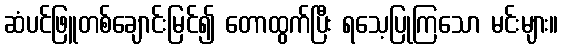
ဆံပင်ဖြူတစ်ချောင်းမြင်၍ တောထွက်ပြီး ရသေ့ပြုကြသော မင်းများ။